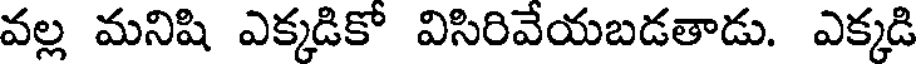
వల్ల మనిషి ఎక్కడికో విసిరివేయబడతాడు. ఎక్కడి